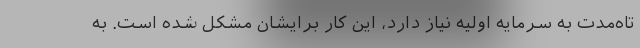
تاه‌مدت به سرمایه اولیه نیاز دارد، این کار برایشان مشکل شده است. به